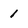
Character: 1